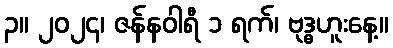
၃။ ၂၀၂၄၊ ဇန်နဝါရီ ၁ ရက်၊ ဗုဒ္ဓဟူးနေ့။